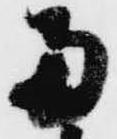
両